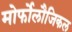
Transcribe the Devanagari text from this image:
मोर्फोलौजिकल